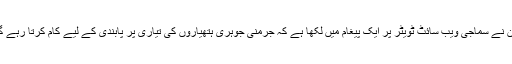
آنن نے سماجی ویب سائٹ ٹویٹر پر ایک پیغام میں لکھا ہے کہ جرمنی جوہری ہتھیاروں کی تیاری پر پابندی کے لیے کام کرتا رہے گا۔